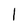
Character: I